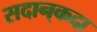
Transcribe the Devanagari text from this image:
सदान्‌कदा